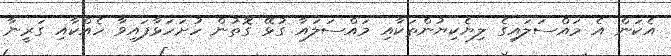
އެކަން އެ މައްސަލައިގެ ލިޔެކިޔުންތަކާއި މައްސަލައާ ގުޅޭ ގޮތުން ހުށަހަޅާފައިވާ ހެއްކާއި ގަރީނާ